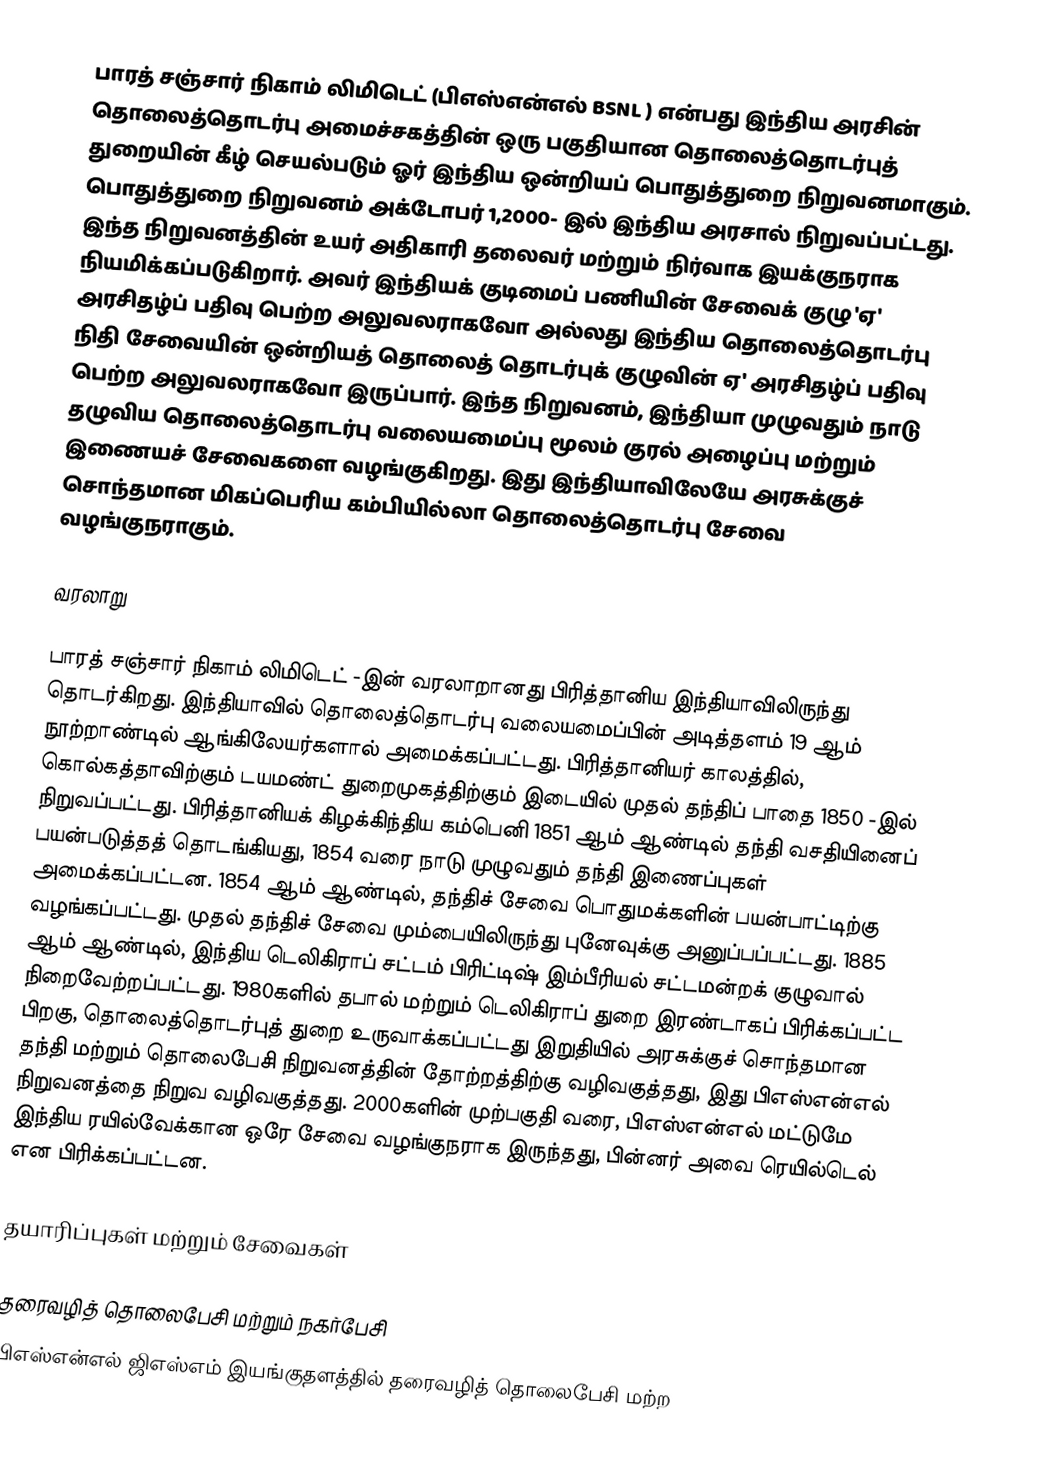
பாரத் சஞ்சார் நிகாம் லிமிடெட் (பிஎஸ்என்எல் BSNL ) என்பது இந்திய அரசின் தொலைத்தொடர்பு அமைச்சகத்தின் ஒரு பகுதியான தொலைத்தொடர்புத் துறையின் கீழ் செயல்படும் ஓர் இந்திய ஒன்றியப் பொதுத்துறை நிறுவனமாகும். பொதுத்துறை நிறுவனம் அக்டோபர் 1,2000- இல் இந்திய அரசால் நிறுவப்பட்டது. இந்த நிறுவனத்தின் உயர் அதிகாரி தலைவர் மற்றும் நிர்வாக இயக்குநராக நியமிக்கப்படுகிறார். அவர் இந்தியக் குடிமைப் பணியின் சேவைக் குழு 'ஏ' அரசிதழ்ப் பதிவு பெற்ற அலுவலராகவோ அல்லது இந்திய தொலைத்தொடர்பு நிதி சேவையின் ஒன்றியத் தொலைத் தொடர்புக் குழுவின் ஏ' அரசிதழ்ப் பதிவு பெற்ற அலுவலராகவோ இருப்பார். இந்த நிறுவனம், இந்தியா முழுவதும் நாடு தழுவிய தொலைத்தொடர்பு வலையமைப்பு மூலம் குரல் அழைப்பு மற்றும் இணையச் சேவைகளை வழங்குகிறது. இது இந்தியாவிலேயே அரசுக்குச் சொந்தமான மிகப்பெரிய கம்பியில்லா தொலைத்தொடர்பு சேவை வழங்குநராகும்.

வரலாறு

பாரத் சஞ்சார் நிகாம் லிமிடெட் -இன் வரலாறானது பிரித்தானிய இந்தியாவிலிருந்து தொடர்கிறது. இந்தியாவில் தொலைத்தொடர்பு வலையமைப்பின் அடித்தளம் 19 ஆம் நூற்றாண்டில் ஆங்கிலேயர்களால் அமைக்கப்பட்டது. பிரித்தானியர் காலத்தில், கொல்கத்தாவிற்கும் டயமண்ட் துறைமுகத்திற்கும் இடையில் முதல் தந்திப் பாதை 1850 -இல் நிறுவப்பட்டது. பிரித்தானியக் கிழக்கிந்திய கம்பெனி 1851 ஆம் ஆண்டில் தந்தி வசதியினைப் பயன்படுத்தத் தொடங்கியது, 1854 வரை நாடு முழுவதும் தந்தி இணைப்புகள் அமைக்கப்பட்டன. 1854 ஆம் ஆண்டில், தந்திச் சேவை பொதுமக்களின் பயன்பாட்டிற்கு வழங்கப்பட்டது. முதல் தந்திச் சேவை  மும்பையிலிருந்து புனேவுக்கு அனுப்பப்பட்டது. 1885 ஆம் ஆண்டில், இந்திய டெலிகிராப் சட்டம் பிரிட்டிஷ் இம்பீரியல் சட்டமன்றக் குழுவால் நிறைவேற்றப்பட்டது. 1980களில் தபால் மற்றும் டெலிகிராப் துறை இரண்டாகப் பிரிக்கப்பட்ட பிறகு, தொலைத்தொடர்புத் துறை உருவாக்கப்பட்டது இறுதியில் அரசுக்குச் சொந்தமான தந்தி மற்றும் தொலைபேசி நிறுவனத்தின் தோற்றத்திற்கு வழிவகுத்தது, இது பிஎஸ்என்எல் நிறுவனத்தை நிறுவ வழிவகுத்தது. 2000களின் முற்பகுதி வரை, பிஎஸ்என்எல் மட்டுமே இந்திய ரயில்வேக்கான ஒரே சேவை வழங்குநராக இருந்தது, பின்னர் அவை ரெயில்டெல் என பிரிக்கப்பட்டன.

தயாரிப்புகள் மற்றும் சேவைகள்

தரைவழித் தொலைபேசி மற்றும் நகர்பேசி
பிஎஸ்என்எல் ஜிஎஸ்எம் இயங்குதளத்தில் தரைவழித் தொலைபேசி மற்ற